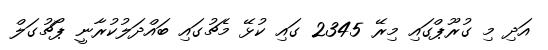
އަދި މި ގުރޫޕްގައި މިރޭ 2345 ގައި ކުޅޭ މެޗުގައި ބައްދަލުކުރާނީ ޕޯޗުގަލް